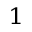
^ 1